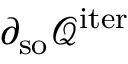
\partial _ { \mathrm { s o } } \mathcal { Q } ^ { \mathrm { i t e r } }